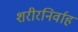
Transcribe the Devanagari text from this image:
शरीरनिर्वाह